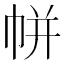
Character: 帡